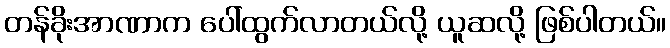
တန်ခိုးအာဏာက ပေါ်ထွက်လာတယ်လို့ ယူဆလို့ ဖြစ်ပါတယ်။